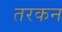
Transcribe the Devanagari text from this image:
तरकन